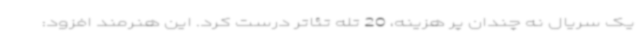
یک سریال نه چندان پر هزینه، 20 تله تئاتر درست کرد. این هنرمند افزود: